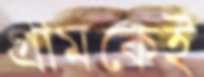
গ্রামকেই